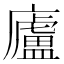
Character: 廬